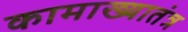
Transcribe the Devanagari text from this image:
कामाख्यातंत्र